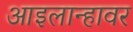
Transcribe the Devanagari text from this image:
आइलान्हावर